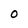
Character: O